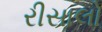
રીસાલો